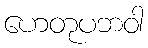
ဟေတုပဘဝါ